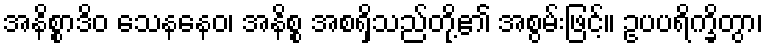
အနိစ္စာဒိဝ သေနနေဝ၊ အနိစ္စ အစရှိသည်တို့၏ အစွမ်းဖြင့်။ ဥပပရိက္ခိတွာ၊